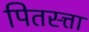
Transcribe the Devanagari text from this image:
पितस्त्ता